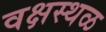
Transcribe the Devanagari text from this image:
वक्षस्थळ